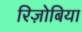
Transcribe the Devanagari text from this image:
रिज़ोबिया